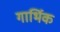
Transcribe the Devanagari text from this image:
गार्भिक